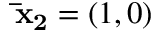
\mathbf { \bar { x } _ { 2 } } = ( 1 , 0 )